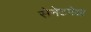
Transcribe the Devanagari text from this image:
सेनेटपेक्षा